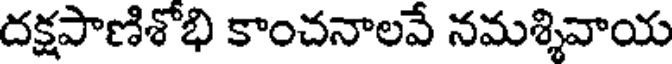
దక్షపాణిశోభి కాంచనాలవే నమశ్శివాయ